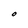
Character: O